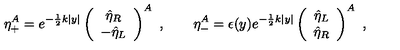
\eta _ { + } ^ { A } = e ^ { - \frac { 1 } { 2 } k | y | } \left( \begin{array} { c } { \hat { \eta } _ { R } } \\ { - \hat { \eta } _ { L } } \\ \end{array} \right) ^ { A } \ , \qquad \eta _ { - } ^ { A } = \epsilon ( y ) e ^ { - \frac { 1 } { 2 } k | y | } \left( \begin{array} { c } { \hat { \eta } _ { L } } \\ { \hat { \eta } _ { R } } \\ \end{array} \right) ^ { A } \ ,